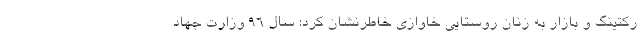
رکتینگ و بازار به زنان روستایی خاوازی خاطرنشان کرد: سال ۹۶ وزارت جهاد